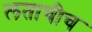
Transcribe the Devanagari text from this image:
लताचीच